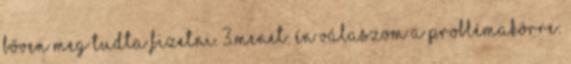
bőven meg tudta fizetni. 3.menet: Én válaszom a problémakörre: